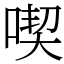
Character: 喫